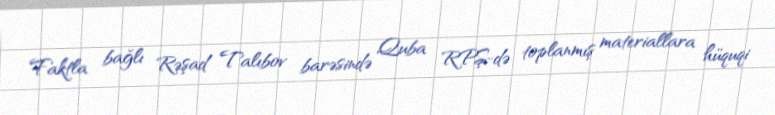
Faktla bağlı Rəşad Talıbov barəsində Quba RPŞ-də toplanmış materiallara hüquqi